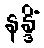
နန္ဒိံ